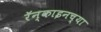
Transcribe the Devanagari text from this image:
रॅन्काइनच्या